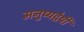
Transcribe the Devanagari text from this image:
मनुष्यद्वेषी